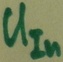
Text: UIn